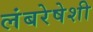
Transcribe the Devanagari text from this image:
लंबरेषेशी